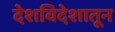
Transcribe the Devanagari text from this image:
देशविदेशातून